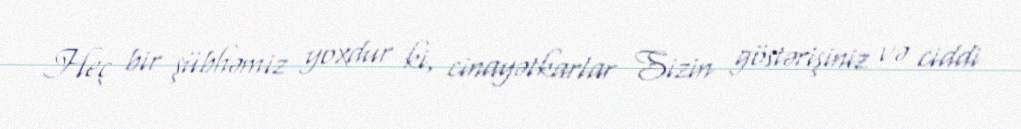
Heç bir şübhəmiz yoxdur ki, cinayətkarlar Sizin göstərişiniz və ciddi